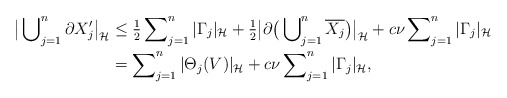
\begin{align*}\big|\bigcup\nolimits^{n}_{j=1} \partial X_j'\big|_{\cal H} &\le \tfrac{1}{2} \sum\nolimits^n_{j=1} |\Gamma_j|_{\cal H} + \tfrac{1}{2}\big|\partial \big( \bigcup\nolimits^n_{j=1} \overline{X_j} \big) \big|_{\cal H}+ c\nu\sum\nolimits^n_{j=1} |\Gamma_j|_{\cal H} \\& = \sum\nolimits^{n}_{j=1} |\Theta_j(V)|_{\cal H} + c\nu\sum\nolimits^n_{j=1} |\Gamma_j|_{\cal H},\end{align*}